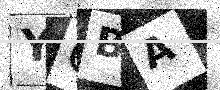
Text: YGBA